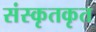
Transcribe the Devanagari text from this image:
संस्कृतकृत